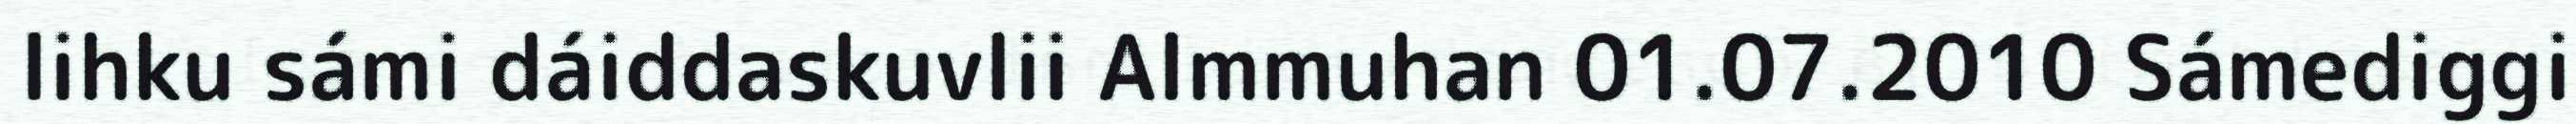
lihku sámi dáiddaskuvlii Almmuhan 01.07.2010 Sámediggi